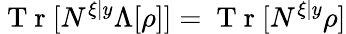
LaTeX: \mathrm{~T~r~}[N^{\xi|y}\Lambda[\rho]]=\mathrm{~T~r~}[N^{\xi|y}\rho]